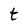
Character: t